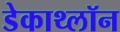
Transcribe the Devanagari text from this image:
डेकाथ्लॉन